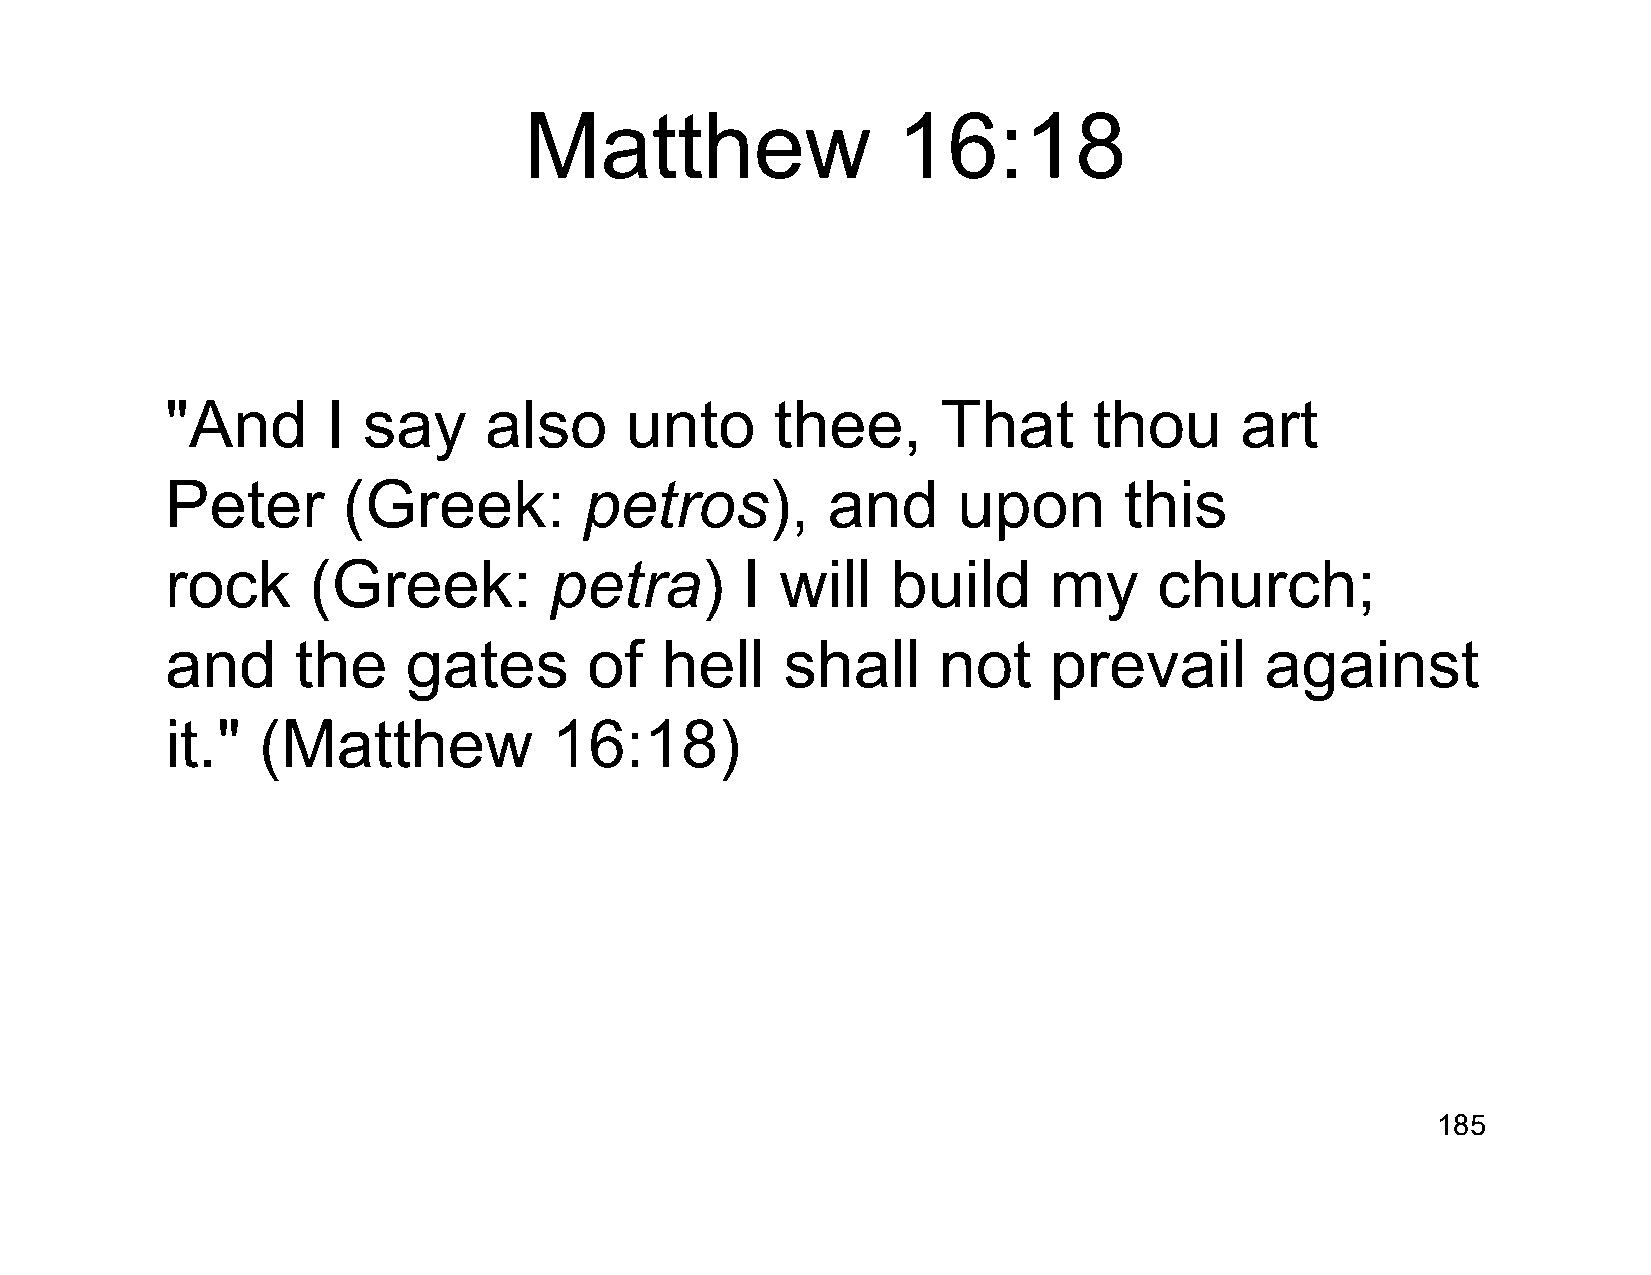
Matthew                 16:18
 "And       I say     also     unto      thee,      That      thou      art
 Peter       (Greek:         petros),        and     upon       this
 rock     (Greek:         petra)       I  will   build     my      church;
 and      the    gates       of   hell    shall     not    prevail        against
 it."  (Matthew           16:18)
 185